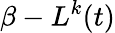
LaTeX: \beta-L^{k}(t)